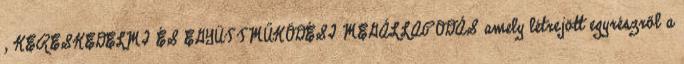
, KERESKEDELMI ÉS EGYÜTTMŰKÖDÉSI MEGÁLLAPODÁS amely létrejött egyrészről a